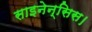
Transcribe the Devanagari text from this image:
साइनेन्सिस।